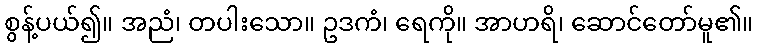
စွန့်ပယ်၍။ အညံ၊ တပါးသော။ ဥဒကံ၊ ရေကို။ အာဟရိ၊ ဆောင်တော်မူ၏။